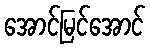
အောင်မြင်အောင်